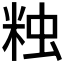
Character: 𧊾